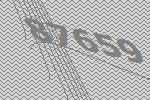
87659